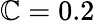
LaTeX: \mathbb{C}=0.2